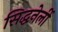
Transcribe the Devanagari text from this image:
सिद्धनेर्ली